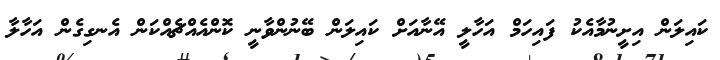
ކައިލަން އިށީނުމާއެކު ފައިހަމް އަހާލީ އޭނާއަށް ކައިލަން ބޭނުންވާނީ ކޮންއެއްޗެއްކަން އެނގިގެން އަހާލާ